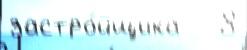
застро́йщика   8